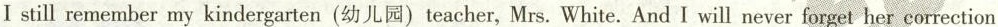
I still remember my kindergarten (幼儿园)teacher, Mrs. White. And I will never forget her correction